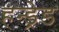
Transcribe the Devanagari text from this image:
हन्ड्रेड